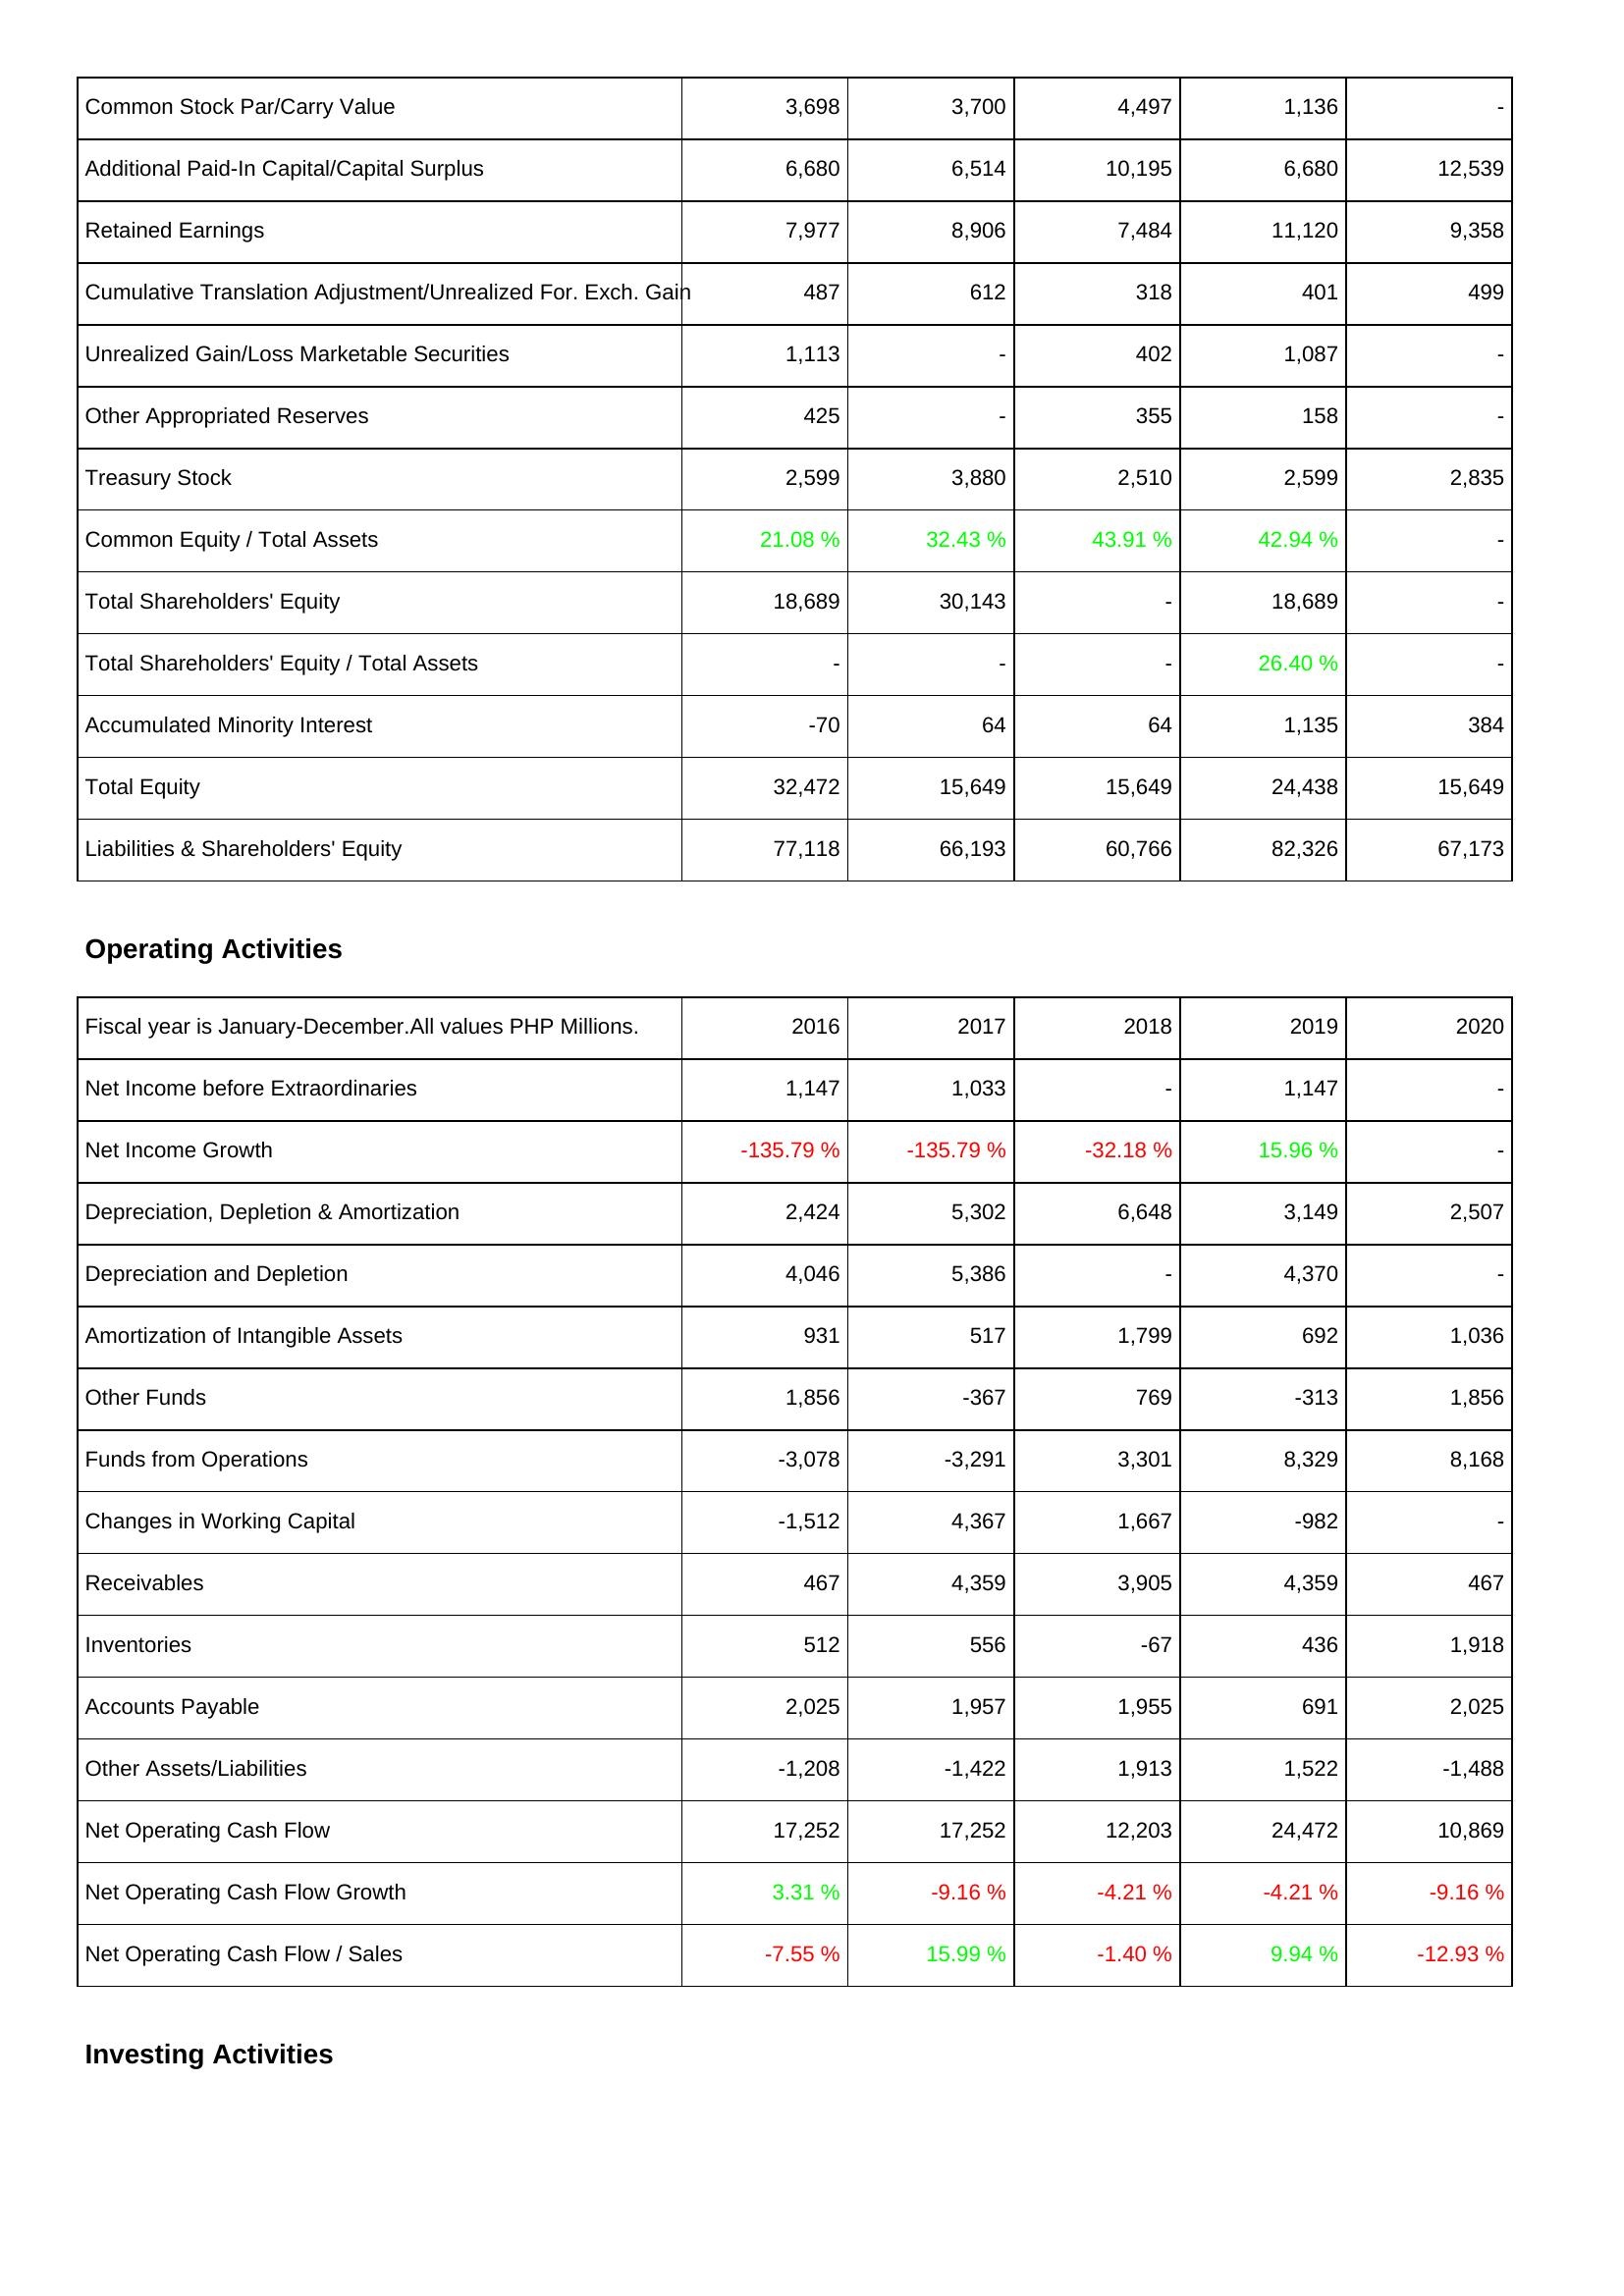
2016: Liabilities & Shareholders' Equity: Common Stock Par/Carry Value: 3,698
Additional Paid-In Capital/Capital Surplus: 6,680
Retained Earnings: 7,977
Cumulative Translation Adjustment/Unrealized For. Exch. Gain: 487
Unrealized Gain/Loss Marketable Securities: 1,113
Other Appropriated Reserves: 425
Treasury Stock: 2,599
Common Equity / Total Assets: 21.08 %
Total Shareholders' Equity: 18,689
Total Shareholders' Equity / Total Assets: -
Accumulated Minority Interest: -70
Total Equity: 32,472
Liabilities & Shareholders' Equity: 77,118
Operating Activities: Net Income before Extraordinaries: 1,147
Net Income Growth: -135.79 %
Depreciation, Depletion & Amortization: 2,424
Depreciation and Depletion: 4,046
Amortization of Intangible Assets: 931
Other Funds: 1,856
Funds from Operations: -3,078
Changes in Working Capital: -1,512
Receivables: 467
Inventories: 512
Accounts Payable: 2,025
Other Assets/Liabilities: -1,208
Net Operating Cash Flow: 17,252
Net Operating Cash Flow Growth: 3.31 %
Net Operating Cash Flow / Sales: -7.55 %
2017: Liabilities & Shareholders' Equity: Common Stock Par/Carry Value: 3,700
Additional Paid-In Capital/Capital Surplus: 6,514
Retained Earnings: 8,906
Cumulative Translation Adjustment/Unrealized For. Exch. Gain: 612
Unrealized Gain/Loss Marketable Securities: -
Other Appropriated Reserves: -
Treasury Stock: 3,880
Common Equity / Total Assets: 32.43 %
Total Shareholders' Equity: 30,143
Total Shareholders' Equity / Total Assets: -
Accumulated Minority Interest: 64
Total Equity: 15,649
Liabilities & Shareholders' Equity: 66,193
Operating Activities: Net Income before Extraordinaries: 1,033
Net Income Growth: -135.79 %
Depreciation, Depletion & Amortization: 5,302
Depreciation and Depletion: 5,386
Amortization of Intangible Assets: 517
Other Funds: -367
Funds from Operations: -3,291
Changes in Working Capital: 4,367
Receivables: 4,359
Inventories: 556
Accounts Payable: 1,957
Other Assets/Liabilities: -1,422
Net Operating Cash Flow: 17,252
Net Operating Cash Flow Growth: -9.16 %
Net Operating Cash Flow / Sales: 15.99 %
2018: Liabilities & Shareholders' Equity: Common Stock Par/Carry Value: 4,497
Additional Paid-In Capital/Capital Surplus: 10,195
Retained Earnings: 7,484
Cumulative Translation Adjustment/Unrealized For. Exch. Gain: 318
Unrealized Gain/Loss Marketable Securities: 402
Other Appropriated Reserves: 355
Treasury Stock: 2,510
Common Equity / Total Assets: 43.91 %
Total Shareholders' Equity: -
Total Shareholders' Equity / Total Assets: -
Accumulated Minority Interest: 64
Total Equity: 15,649
Liabilities & Shareholders' Equity: 60,766
Operating Activities: Net Income before Extraordinaries: -
Net Income Growth: -32.18 %
Depreciation, Depletion & Amortization: 6,648
Depreciation and Depletion: -
Amortization of Intangible Assets: 1,799
Other Funds: 769
Funds from Operations: 3,301
Changes in Working Capital: 1,667
Receivables: 3,905
Inventories: -67
Accounts Payable: 1,955
Other Assets/Liabilities: 1,913
Net Operating Cash Flow: 12,203
Net Operating Cash Flow Growth: -4.21 %
Net Operating Cash Flow / Sales: -1.40 %
2019: Liabilities & Shareholders' Equity: Common Stock Par/Carry Value: 1,136
Additional Paid-In Capital/Capital Surplus: 6,680
Retained Earnings: 11,120
Cumulative Translation Adjustment/Unrealized For. Exch. Gain: 401
Unrealized Gain/Loss Marketable Securities: 1,087
Other Appropriated Reserves: 158
Treasury Stock: 2,599
Common Equity / Total Assets: 42.94 %
Total Shareholders' Equity: 18,689
Total Shareholders' Equity / Total Assets: 26.40 %
Accumulated Minority Interest: 1,135
Total Equity: 24,438
Liabilities & Shareholders' Equity: 82,326
Operating Activities: Net Income before Extraordinaries: 1,147
Net Income Growth: 15.96 %
Depreciation, Depletion & Amortization: 3,149
Depreciation and Depletion: 4,370
Amortization of Intangible Assets: 692
Other Funds: -313
Funds from Operations: 8,329
Changes in Working Capital: -982
Receivables: 4,359
Inventories: 436
Accounts Payable: 691
Other Assets/Liabilities: 1,522
Net Operating Cash Flow: 24,472
Net Operating Cash Flow Growth: -4.21 %
Net Operating Cash Flow / Sales: 9.94 %
2020: Liabilities & Shareholders' Equity: Common Stock Par/Carry Value: -
Additional Paid-In Capital/Capital Surplus: 12,539
Retained Earnings: 9,358
Cumulative Translation Adjustment/Unrealized For. Exch. Gain: 499
Unrealized Gain/Loss Marketable Securities: -
Other Appropriated Reserves: -
Treasury Stock: 2,835
Common Equity / Total Assets: -
Total Shareholders' Equity: -
Total Shareholders' Equity / Total Assets: -
Accumulated Minority Interest: 384
Total Equity: 15,649
Liabilities & Shareholders' Equity: 67,173
Operating Activities: Net Income before Extraordinaries: -
Net Income Growth: -
Depreciation, Depletion & Amortization: 2,507
Depreciation and Depletion: -
Amortization of Intangible Assets: 1,036
Other Funds: 1,856
Funds from Operations: 8,168
Changes in Working Capital: -
Receivables: 467
Inventories: 1,918
Accounts Payable: 2,025
Other Assets/Liabilities: -1,488
Net Operating Cash Flow: 10,869
Net Operating Cash Flow Growth: -9.16 %
Net Operating Cash Flow / Sales: -12.93 %